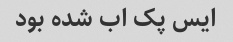
ایس پک اب شده بود